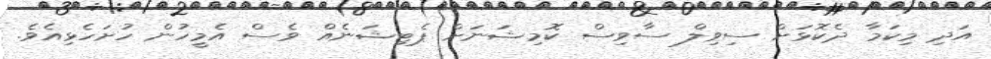
އަދި މިކަމާ ދެކޮޅަށް ސިވިލް ސާވިސް ކޮމިޝަނަށް ޕެޓިޝަނެއް ވެސް އެމީހުން ހުށަހެޅިއެވެ.